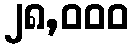
၂၈,၀၀၀